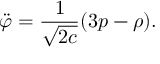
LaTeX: \ddot { \varphi } = \frac { 1 } { \sqrt { 2 c } } ( 3 p - \rho ) .